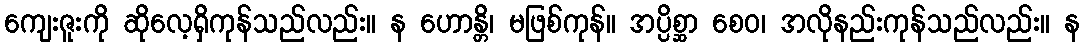
ကျေးဇူးကို ဆိုလေ့ရှိကုန်သည်လည်း။ န ဟောန္တိ၊ မဖြစ်ကုန်။ အပ္ပိစ္ဆာ စေဝ၊ အလိုနည်းကုန်သည်လည်း။ န